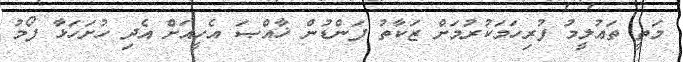
މަތީ ތަޢުލީމު ފުރިހަމަކުރުމަށް ޒަކާތު ފަންޑުން ޚާއްޞަ އެހީއަށް އެދި ހުށަހަޅާ ފޯމު